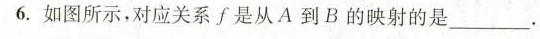
6.如图所示，对应关系f是从A到B的映射的是___.